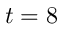
t = 8